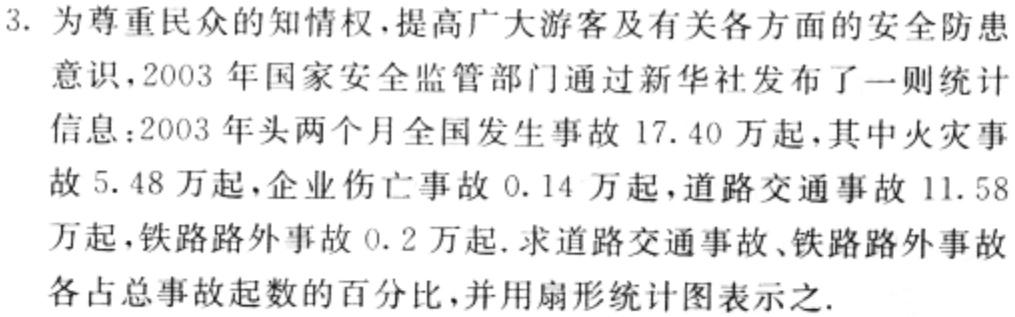
3. 为尊重民众的知情权，提高广大游客及有关各方面的安全防患

意识，2003 年国家安全监管部门通过新华社发布了一则统计

信息：2003 年头两个月全国发生事故 17.40 万起，其中火灾事

故 5.48 万起，企业伤亡事故 0.14 万起，道路交通事故 11.58

万起，铁路路外事故 0.2 万起. 求道路交通事故、铁路路外事故

各占总事故起数的百分比，并用扇形统计图表示之.